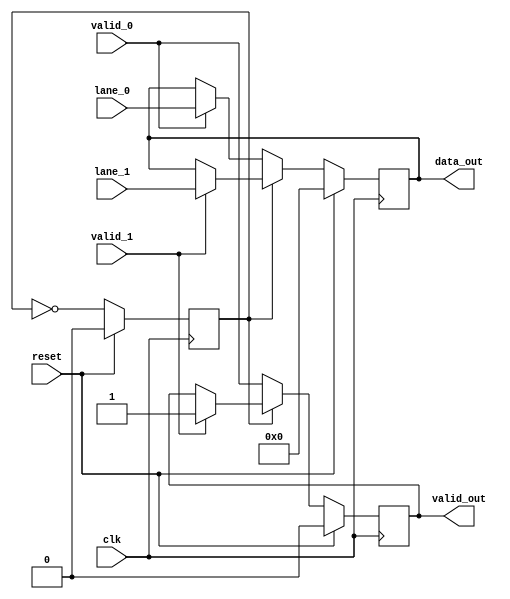
module byteUnstriping(
    input               valid_0, valid_1, clk, reset,
    input       [31:0]  lane_0,
    input       [31:0]  lane_1,
    output  reg         valid_out,
    output  reg [31:0]  data_out);

    reg     selector;
    always @ (posedge clk) begin
        if (reset)begin
            selector <= 0;
            valid_out <= 0;
            data_out <= 0;
        end
        else begin
            if (selector)begin
                if(valid_1)begin
                    data_out <= lane_1;
                    valid_out <= valid_1;
                end
            end
            else begin
                if(valid_0)begin
                    data_out <= lane_0;
                    valid_out <= valid_0;
                end
                else begin
                    valid_out <= valid_0;
                end
            end
            selector <= ~selector;
        end
    end
endmodule